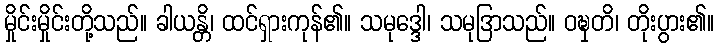
မှိုင်းမှိုင်းတို့သည်။ ခါယန္တိ၊ ထင်ရှားကုန်၏။ သမုဒ္ဒေါ၊ သမုဒြာသည်။ ဝဍ္ဎှတိ၊ တိုးပွား၏။